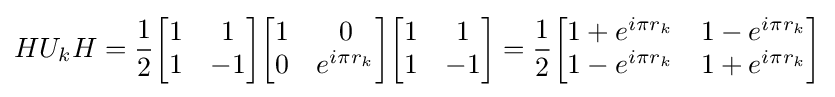
HU_{k}H={\frac {1}{2}}{\begin{bmatrix}1&1\\1&-1\end{bmatrix}}{\begin{bmatrix}1&0\\0&e^{i\pi r_{k}}\end{bmatrix}}{\begin{bmatrix}1&1\\1&-1\end{bmatrix}}={\frac {1}{2}}{\begin{bmatrix}1+e^{i\pi r_{k}}&1-e^{i\pi r_{k}}\\1-e^{i\pi r_{k}}&1+e^{i\pi r_{k}}\end{bmatrix}}